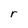
Character: r